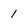
Character: 1